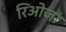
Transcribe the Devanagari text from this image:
रिओजा